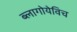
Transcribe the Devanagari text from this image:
ब्लागोयेविच